Document type: Sale
Year: 1423
Scribe: Joan Franc
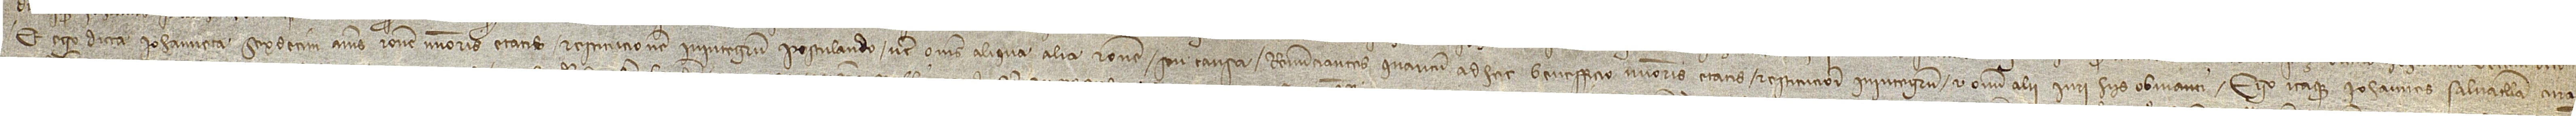
et ego dicta Iohanneta sexdecim annis, ratione minoris etatis restitucionem in integrum postulando nec omnes aliqua alia ratione seu causa, renunciantes quantum ad hec benefficio minoris etatis restitucioni in integrum et omni alii iuri his obvianti. Ego itaque Iohannes Salvatella, cura-